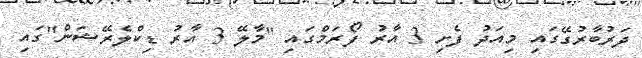
ދަރުބާރުގޭގައި މިއަދު ފެށި 3 އާރު ފޯރަމްގައި "މާލޭ 3 އާރު ޑިކްލެރޭޝަން"ގައި